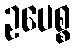
ဥပေစ္စ